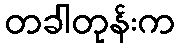
တခါတုန်းက